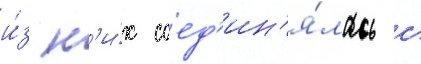
и́з н'и́х соед'ин'я́лась с